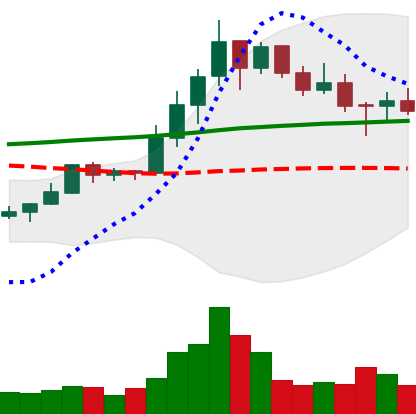
Ticker: LINK-USD
Chart end date: 2019-10-18
Forward return: 10.766%
Label: up_7plus